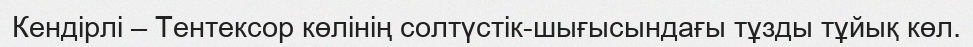
Кендірлі – Тентексор көлінің солтүстік-шығысындағы тұзды тұйық көл.